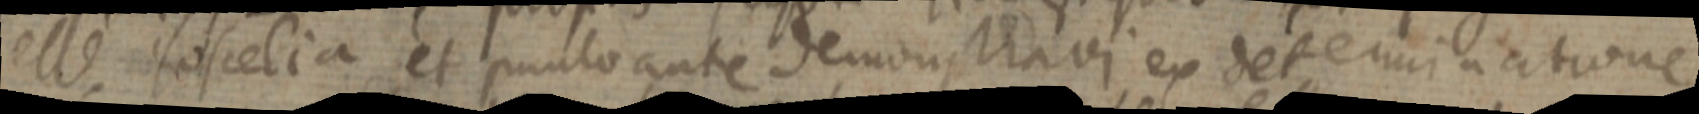
esse isoscelia et punto ante demonstravi ex determinationem